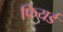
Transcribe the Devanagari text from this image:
फियर्ड